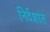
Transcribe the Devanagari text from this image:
निर्देशात